65_HS1-834228961_62-HQ-83894_Section_8
Agency: FBI
Page 123
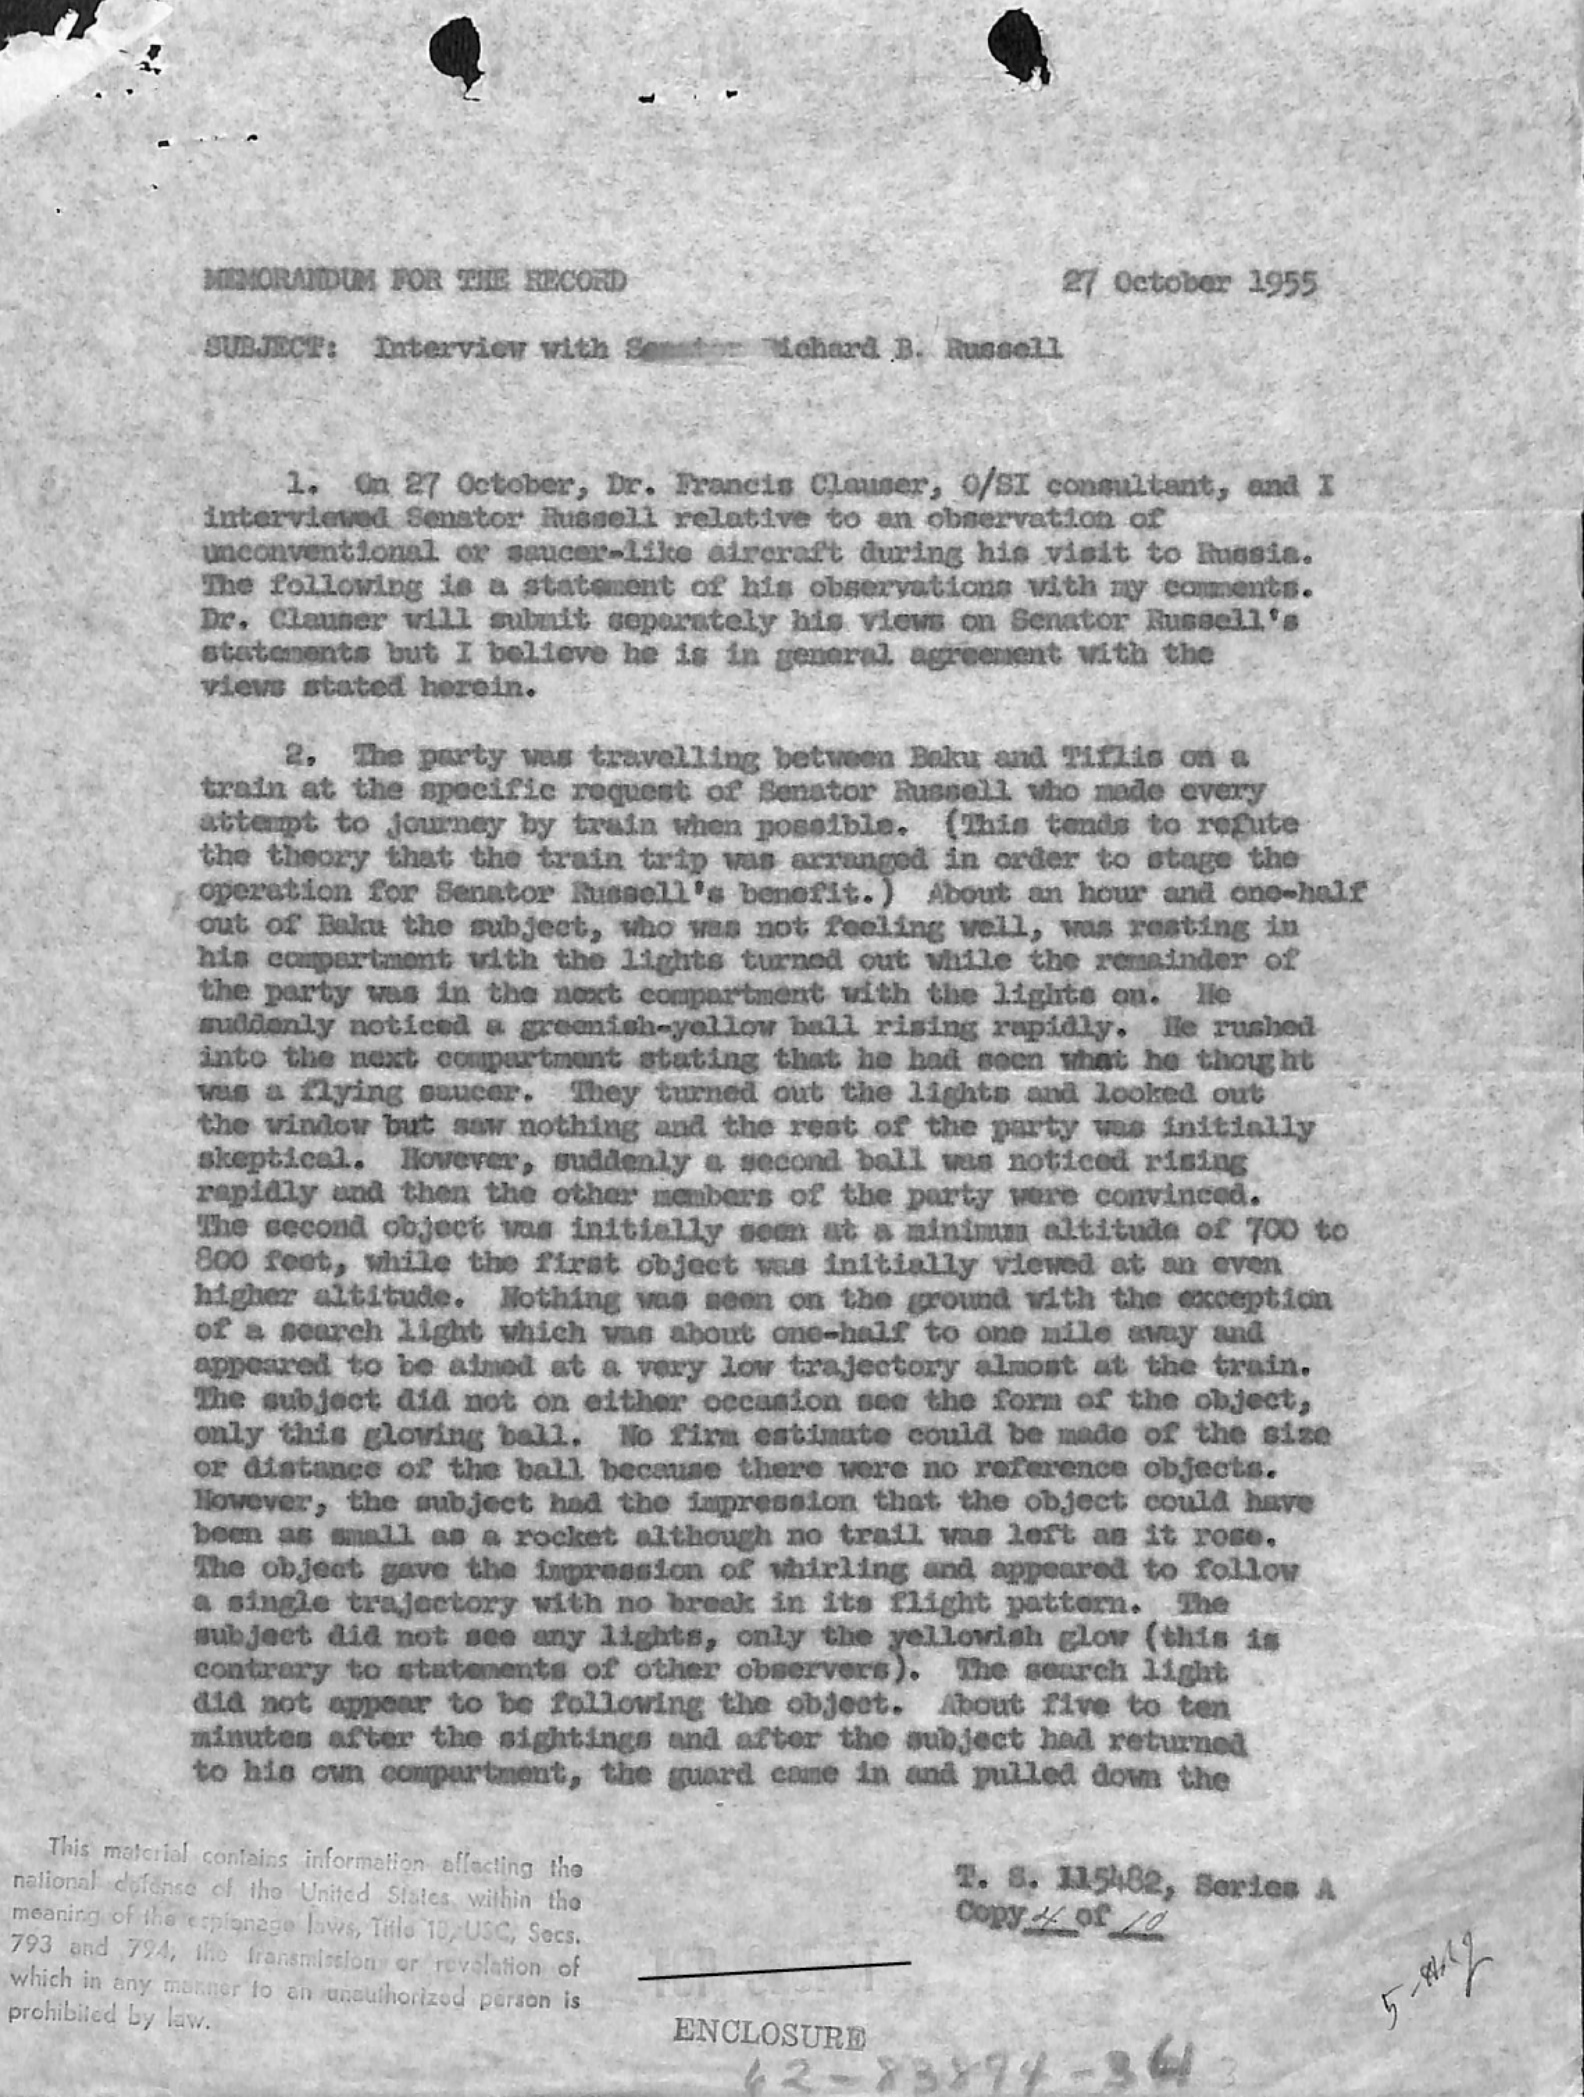